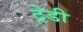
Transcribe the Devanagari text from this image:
ट्रेडी